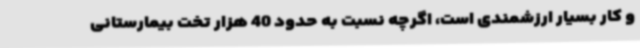
و کار بسیار ارزشمندی است، اگرچه نسبت به حدود 40 هزار تخت بیمارستانی